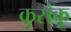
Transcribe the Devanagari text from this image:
कुसंकू